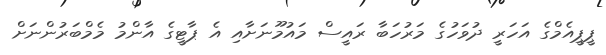
ޕީޕީއެމްގެ އަހަރީ ދުވަހުގެ މަރުހަބާ ރައީސް މައުމޫނަށާއި އެ ޕާޓީގެ އާންމު މެމްބަރުންނަށް